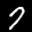
Label: 7